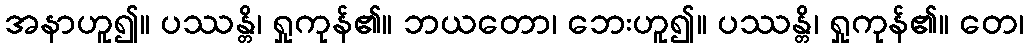
အနာဟူ၍။ ပဿန္တိ၊ ရှုကုန်၏။ ဘယတော၊ ဘေးဟူ၍။ ပဿန္တိ၊ ရှုကုန်၏။ တေ၊